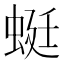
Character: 蜓